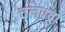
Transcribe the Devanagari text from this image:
चलपट्टों